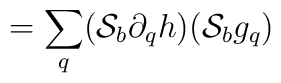
=\sum_q ({\cal S}_b\partial_q h)({\cal S}_b g_q)